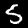
Label: 5